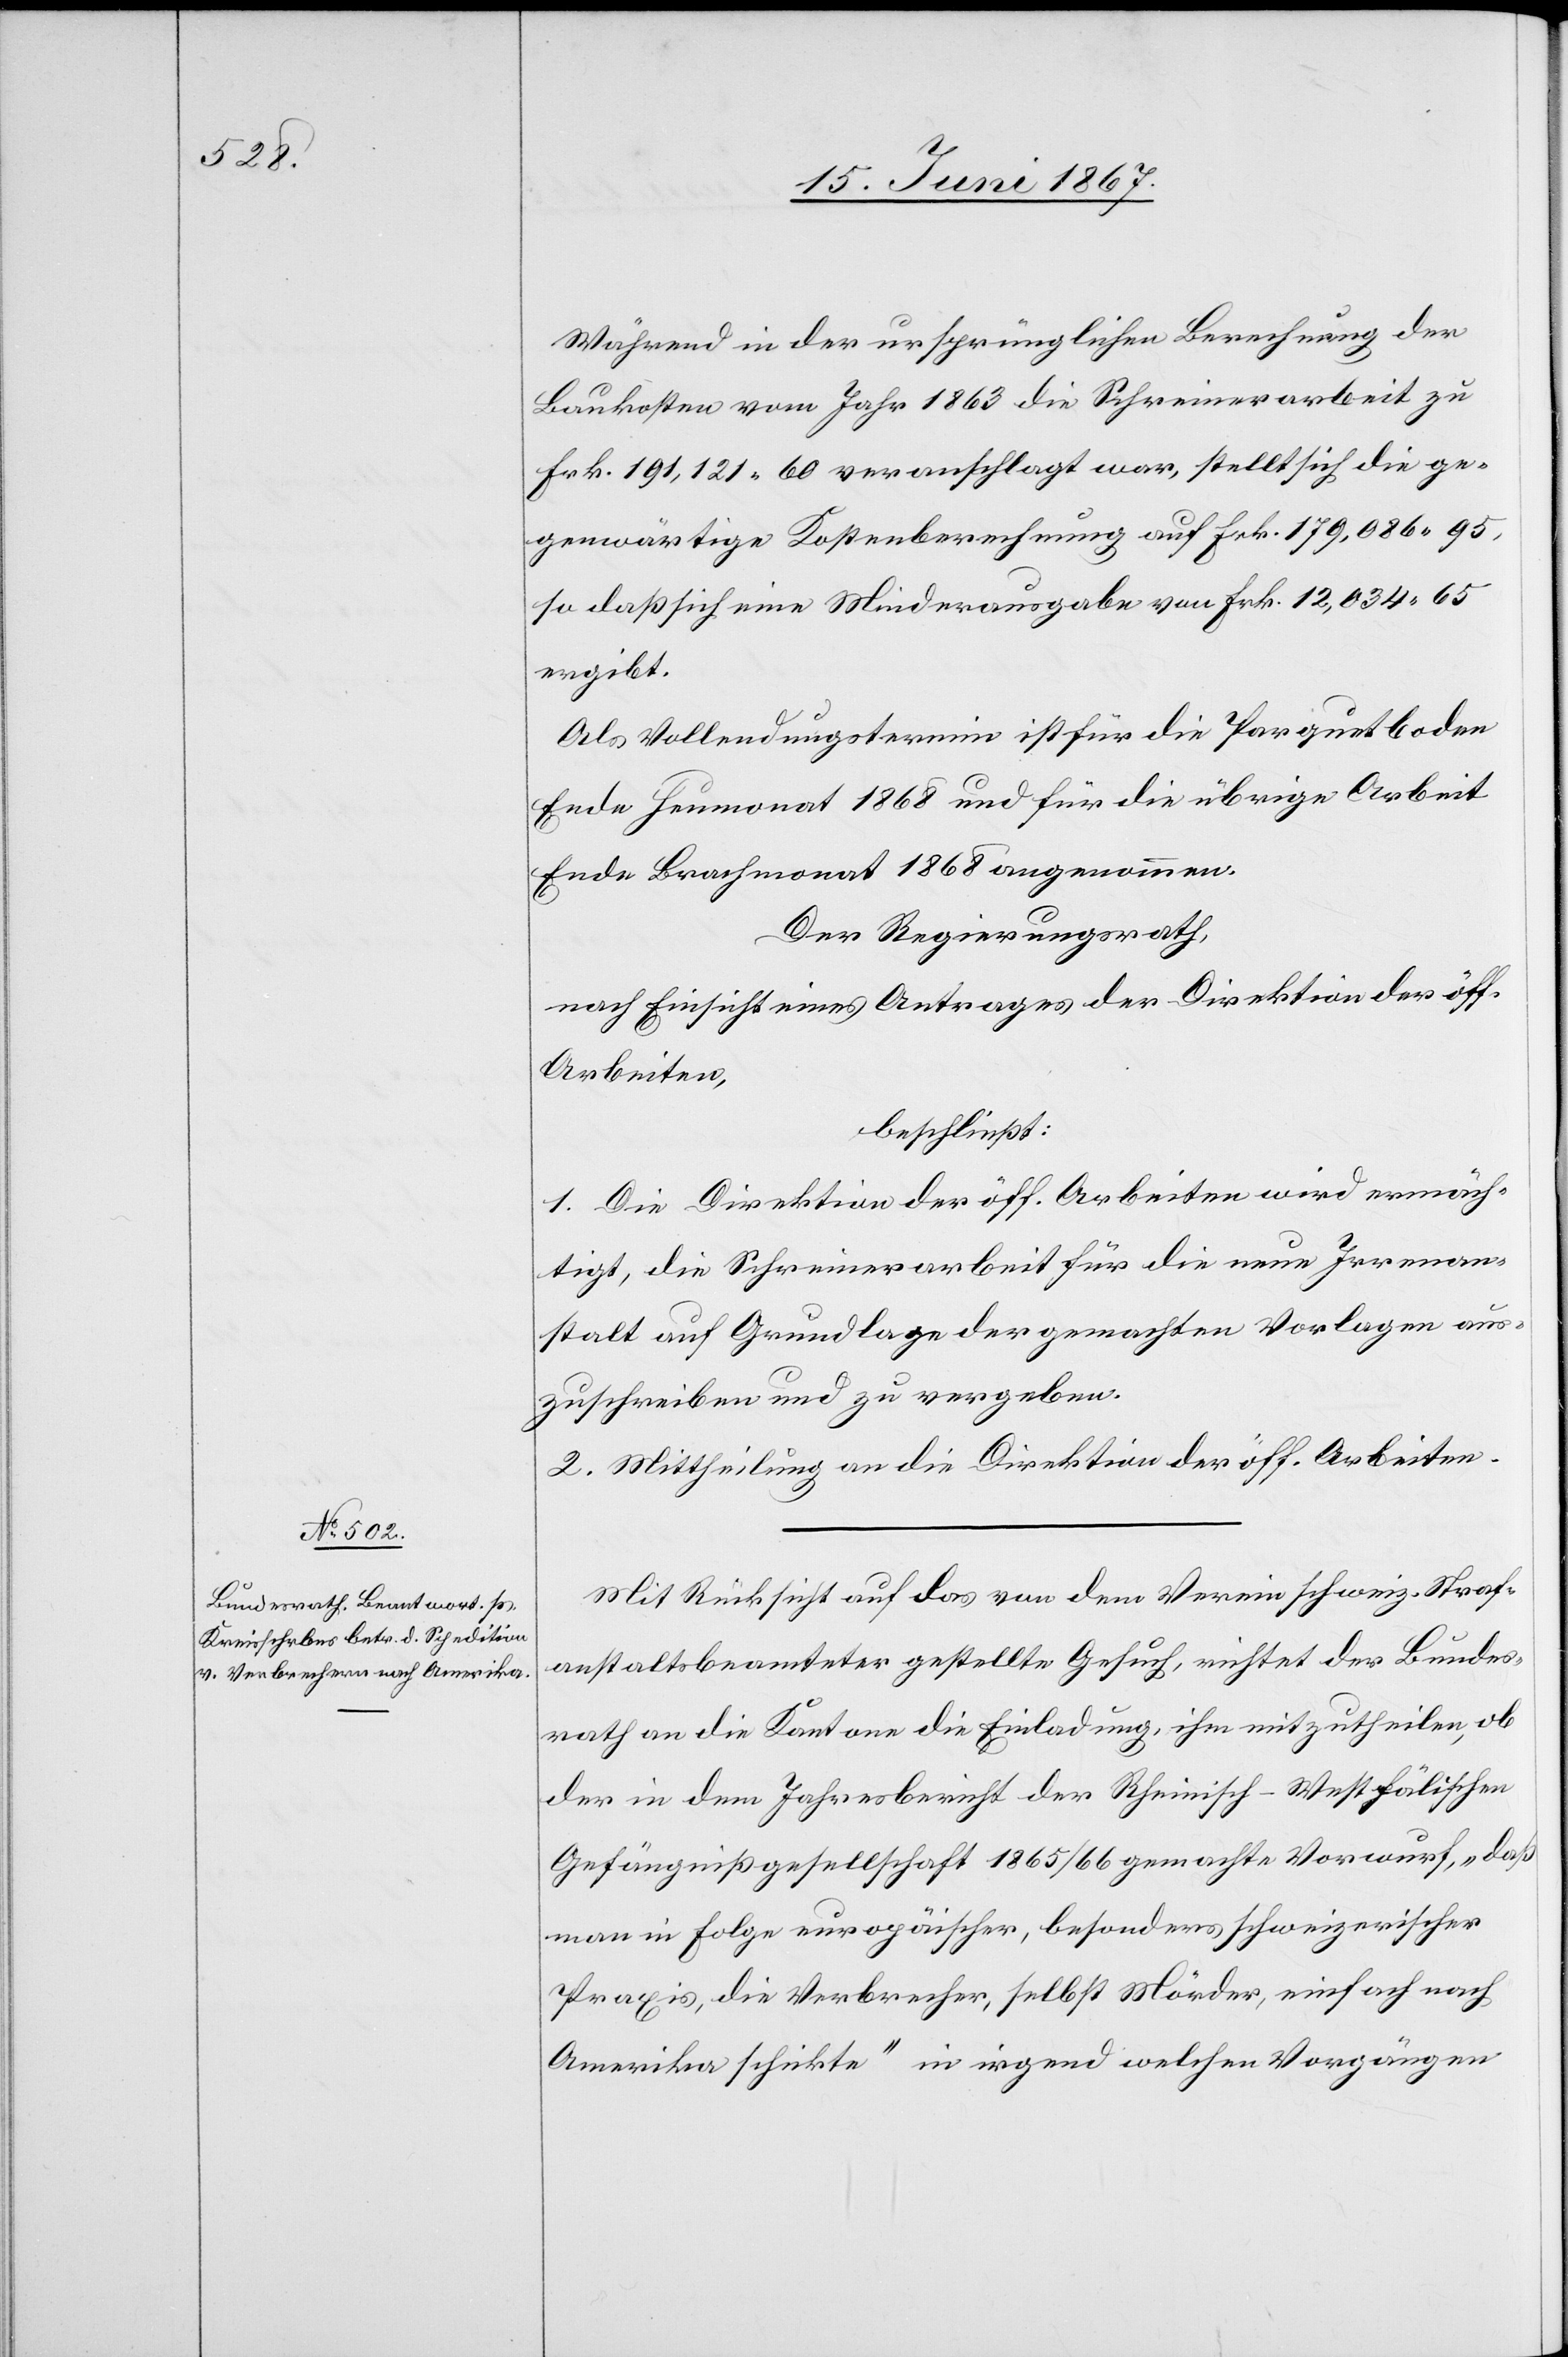
Während in der ursprünglichen Berechnung der
Baukosten vom Jahr 1863 die Schreinerarbeit zu
Frk. 191 121.60 veranschlagt war, stellt sich die ge¬
genwärtige Kostenberechnung auf Frk. 179 086.95,
so daß sich eine Minderausgabe von Frk. 12 034.65
ergibt.
Als Vollendungstermin ist für die Parquetboden
Ende Heumonat 1868 und für die übrige Arbeit
Ende Brachmonat 1868 angenommen.
Der Regierungsrath,
nach Einsicht eines Antrages der Direktion der öff.
Arbeiten,
beschließt:
1. Die Direktion der öff. Arbeiten wird ermäch¬
tigt, die Schreinerarbeit für die neue Irrenan¬
stalt auf Grundlage der gemachten Vorlagen aus¬
zuschreiben und zu vergeben.
2. Mittheilung an die Direktion der öff. Arbeiten.
Mit Rücksicht auf das von dem Verein schweiz. Straf¬
anstaltsbeamteter gestellte Gesuch, richtet der Bundes¬
rath an die Kantone die Einladung, ihm mitzutheilen, ob
der in dem Jahresbericht der Rheinisch-Westfälischen
Gefängnißgesellschaft 1865/66 gemachte Vorwurf, „daß
man in Folge europäischer, besonders schweizerischer
Praxis, die Verbrecher, selbst Mörder, einfach nach
Amerika schikte“ in irgend welchen Vorgängen